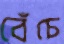
বেঁচে